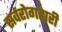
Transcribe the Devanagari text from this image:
सर्वरोगहारी